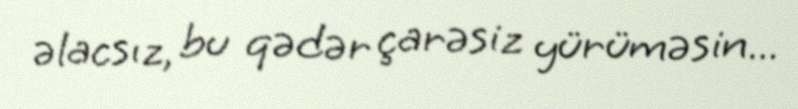
əlacsız, bu qədər çarəsiz yürüməsin...